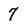
Character: 7